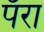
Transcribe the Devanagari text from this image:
पॅरा